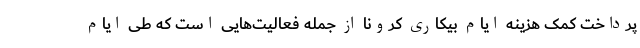
پرداخت کمک هزینه ایام بیکاری کرونا از جمله فعالیت‌هایی است که طی ایام